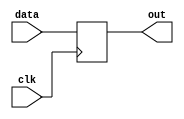
module registr_4bit (
						input		wire			   clk,
						input    wire	[3:0]		data,
						output	reg	[3:0]    out
);

always @(posedge clk) begin
	out <= data;
end 

endmodule